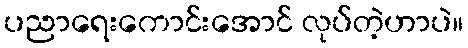
ပညာရေးကောင်းအောင် လုပ်တဲ့ဟာပဲ။